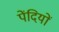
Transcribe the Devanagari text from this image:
पेंदियों